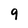
Character: 9